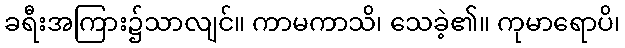
ခရီးအကြား၌သာလျင်။ ကာမကာသိ၊ သေခဲ့၏။ ကုမာရောပိ၊